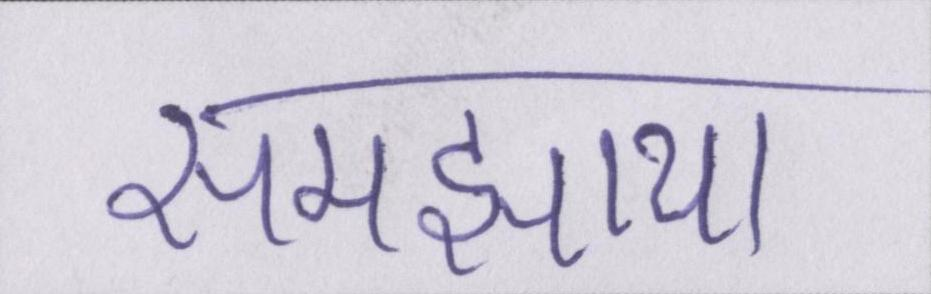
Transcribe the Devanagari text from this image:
समझाया